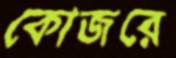
কোজরে